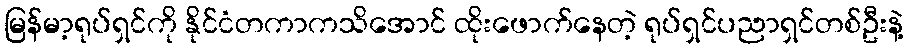
မြန်မာ့ရုပ်ရှင်ကို နိုင်ငံတကာကသိအောင် ထိုးဖောက်နေတဲ့ ရုပ်ရှင်ပညာရှင်တစ်ဦးနဲ့